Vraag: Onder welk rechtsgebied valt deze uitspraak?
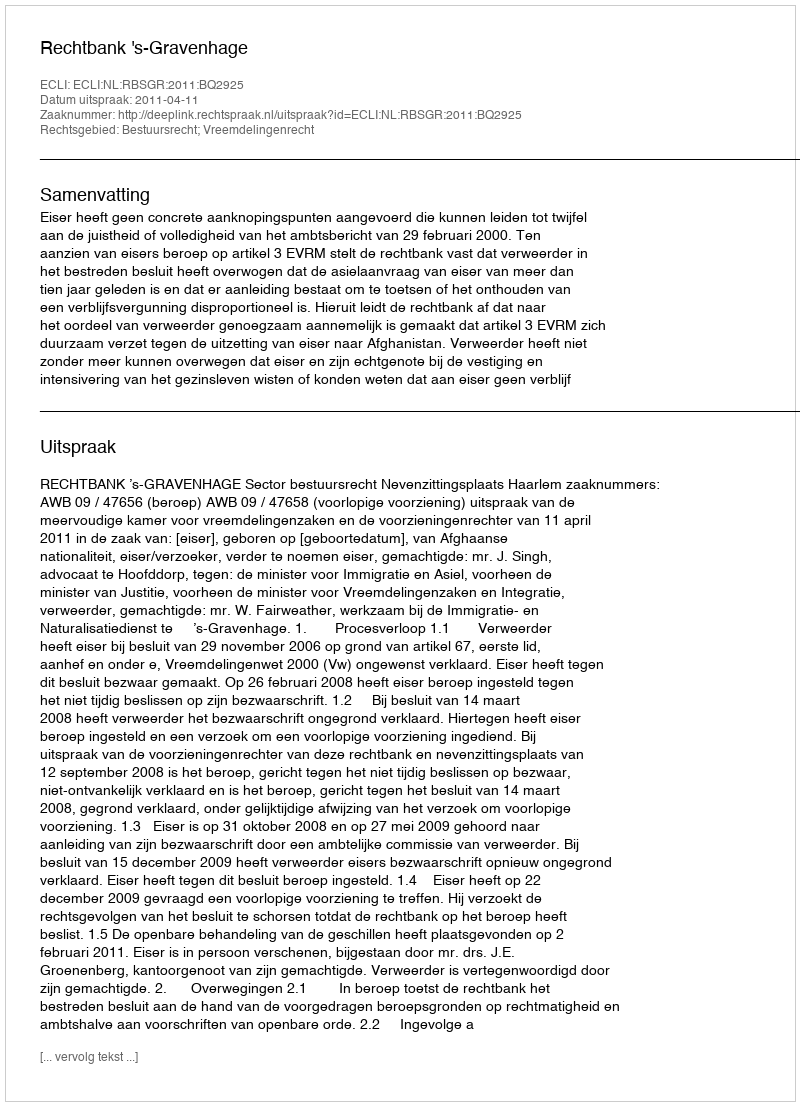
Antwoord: Bestuursrecht; Vreemdelingenrecht